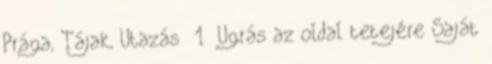
Prága, Tájak, Utazás 1 Ugrás az oldal tetejére Saját